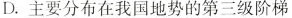
D.主要分布在我国地势的第三级阶梯